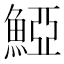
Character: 𩸋